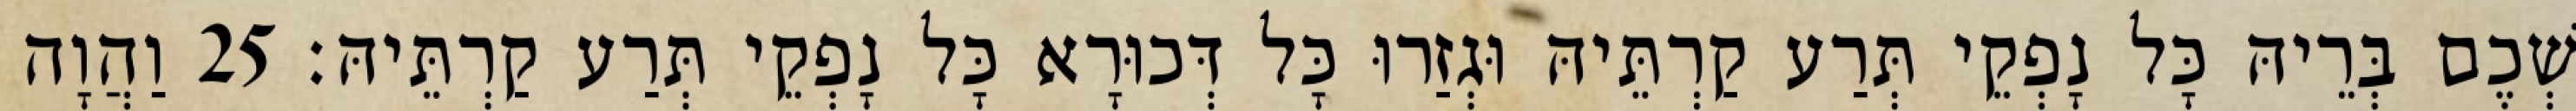
שְׁכֶם בְּרֵיהּ כָּל נָפְקֵי תְּרַע קַרְתֵּיהּ וּגְזַרוּ כָּל דְּכוּרָא כָּל נָפְקֵי תְּרַע קַרְתֵּיהּ׃ 25 וַהֲוָה